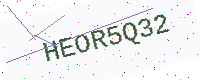
Text: HEOR5Q32